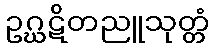
ဥဂ္ဃဋိတညူသုတ္တံ